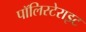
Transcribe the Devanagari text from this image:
पॉलिस्टेराइट